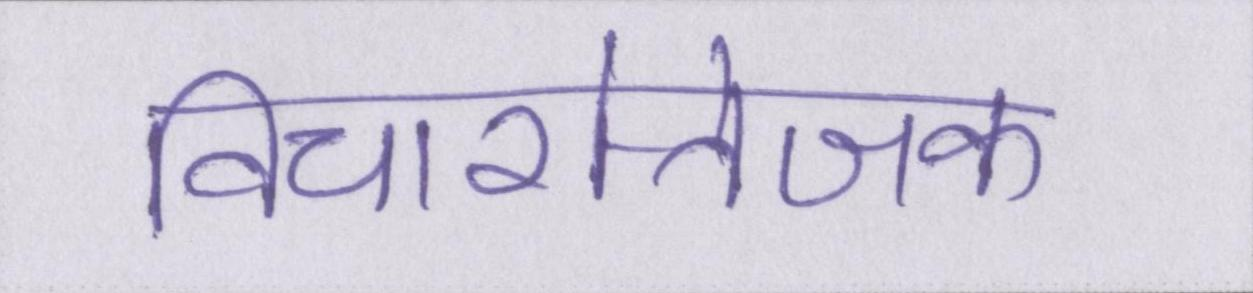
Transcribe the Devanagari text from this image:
विचारोत्तेजक